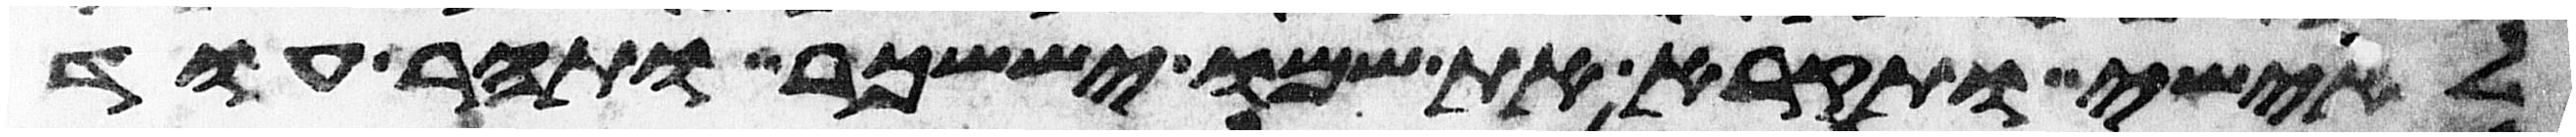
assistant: לאישי ותקרא את שמו יששכר ותהר עוד